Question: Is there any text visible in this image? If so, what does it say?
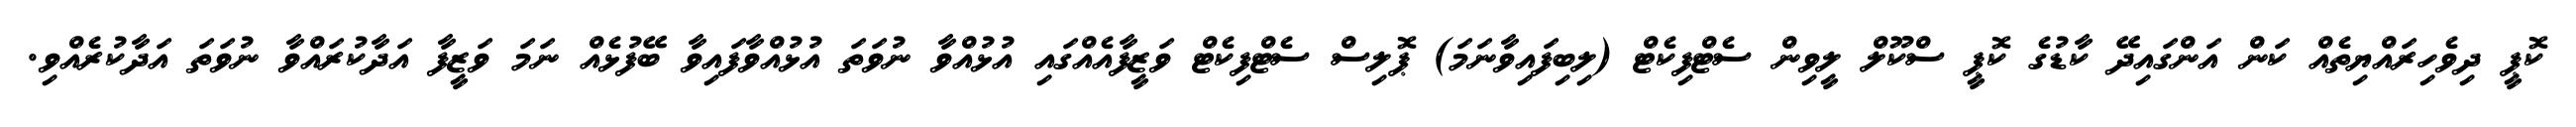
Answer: ކޮޕީ ދިވެހިރައްޔިތެއް ކަން އަންގައިދޭ ކާޑުގެ ކޮޕީ ސްކޫލް ލީވިން ސެޓްފިކެޓް (ލިބިފައިވާނަމަ) ޕޮލިސް ސެޓްފިކެޓް ވަޒީފާއެއްގައި އުޅުއްވާ ނުވަތަ އުޅުއްވާފައިވާ ބޭފުޅެއް ނަމަ ވަޒީފާ އަދާކުރައްވާ ނުވަތަ އަދާކުރެއްވި.